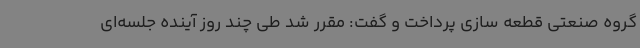
گروه صنعتی قطعه سازی پرداخت و گفت: مقرر شد طی چند روز آینده جلسه‌ای